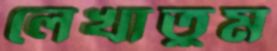
লেখাতুম